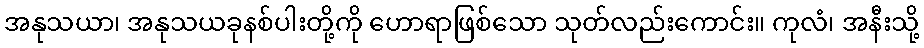
အနုသယာ၊ အနုသယခုနစ်ပါးတို့ကို ဟောရာဖြစ်သော သုတ်လည်းကောင်း။ ကုလံ၊ အနီးသို့